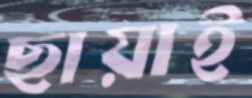
ছায়াই